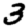
Digit: 3